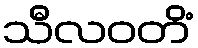
သီလဝတိံ